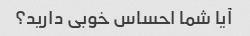
آیا شما احساس خوبی دارید؟